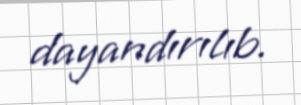
dayandırılıb.